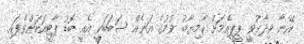
އޭނާ ވިދާޅުވީ ޕީޕީއެމަށް ކާމިޔާބު ވުމުގެ އަނެއް ސަބަބަކީ އެއީ ބޮޑު ޕާޓީއަކަށްވެފައި